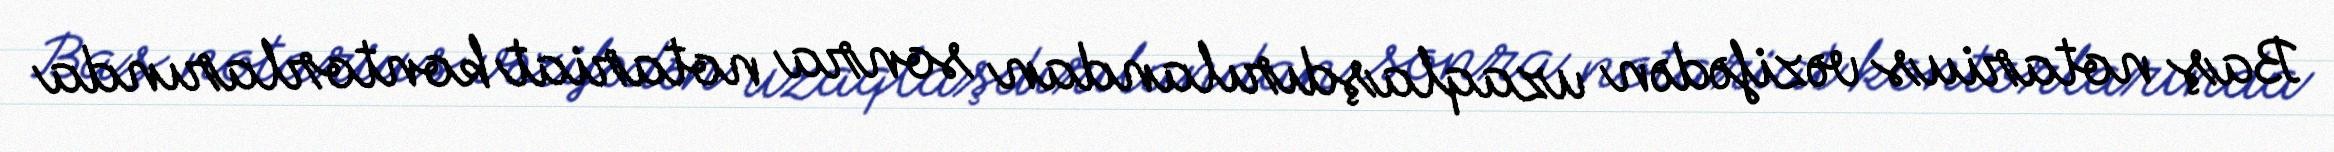
Baş notarius vəzifədən uzaqlaşdırılandan sonra notariat kontorlarında